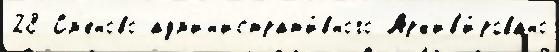
28 См'еново адм'ин'истрат'и́вного Арх'ив'и́ровано